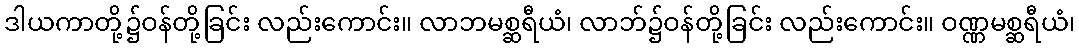
ဒါယကာတို့၌ဝန်တို့ခြင်း လည်းကောင်း။ လာဘမစ္ဆရီယံ၊ လာဘ်၌ဝန်တို့ခြင်း လည်းကောင်း။ ဝဏ္ဏမစ္ဆရီယံ၊